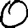
Digit: 0